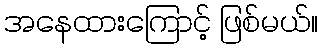
အနေထားကြောင့် ဖြစ်မယ်။